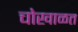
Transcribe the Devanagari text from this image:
चोखाळत